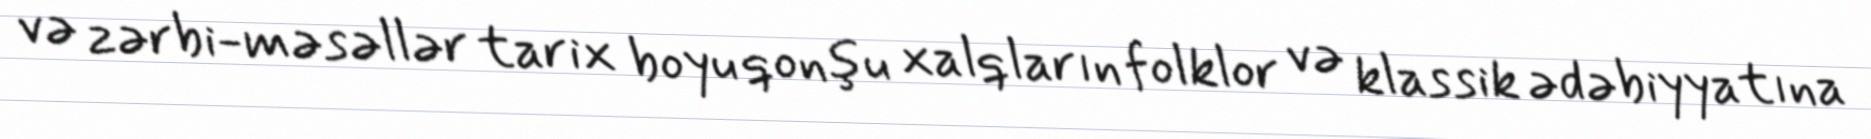
və zərbi-məsəllər tarix boyu qonşu xalqların folklor və klassik ədəbiyyatına